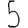
Digit: 5